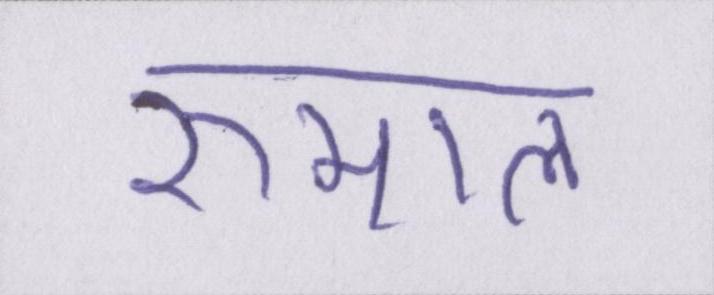
रुमाल